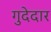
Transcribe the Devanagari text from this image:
गुदेदार